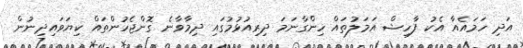
އަދި ހަމައެއާ އެކު ފާހިޝް އަމަލުތައް ހިންގާނަމަ ދިރިއުޅުމުގައި ދިމާވާނެ ގޮންޖެހުންތައް ކިޔަވައިދިނުން